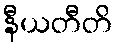
နီယတီတိ